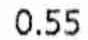
0.55